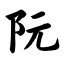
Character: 阮